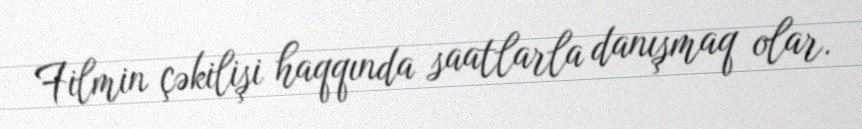
Filmin çəkilişi haqqında saatlarla danışmaq olar.